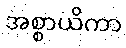
အစ္စာယိကာ